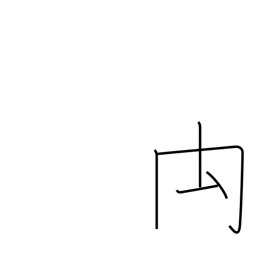
Meaning: rump